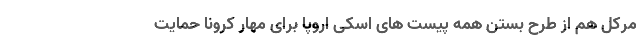
مرکل هم از طرح بستن همه پیست های اسکی اروپا برای مهار کرونا حمایت